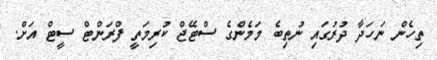
ތިހެން ނަހަދާ ދުރުގައި ނުތިބެ މަމެންގެ ސްޓޭޖް ކުރިމަތީ ފްރަންޓް ސީޓް އަށް.